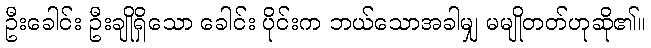
ဦးခေါင်း ဦးချိုရှိသော ခေါင်း ပိုင်းက ဘယ်သောအခါမျှ မမျိုတတ်ဟုဆို၏။